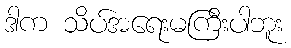
ဒါက သိပ်အရေးမကြီးပါဘူး